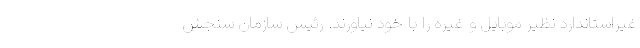
غیراستاندارد نظیر موبایل و غیره را با خود نیاورند. رئیس سازمان سنجش